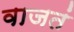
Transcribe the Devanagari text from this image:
वाजतं